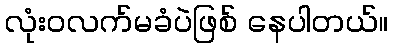
လုံးဝလက်မခံပဲဖြစ် နေပါတယ်။